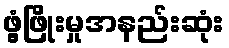
ဖွံ့ဖြိုးမှုအနည်းဆုံး